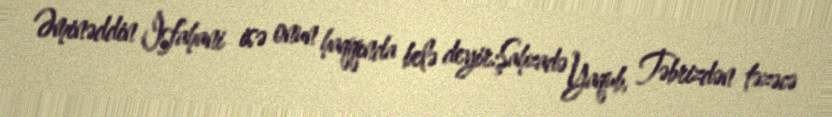
Əminəddin İsfahani isə onun haqqında belə deyir:Şahzadə Yaqub, Təbrizdən təzəcə